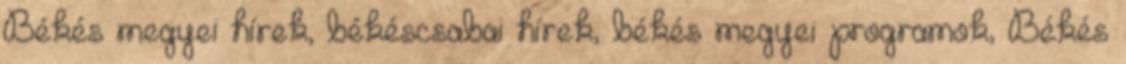
Békés megyei hírek, békéscsabai hírek, békés megyei programok, Békés